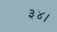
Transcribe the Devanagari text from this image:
३४।